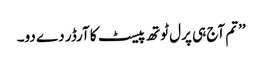
’’تم آج ہی پرل ٹوتھ پیسٹ کا آرڈر دے دو۔